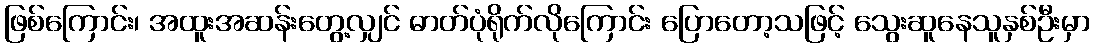
ဖြစ်ကြောင်း၊ အထူးအဆန်းတွေ့လျှင် ဓာတ်ပုံရိုက်လိုကြောင်း ပြောတော့သဖြင့် သွေးဆူနေသူနှစ်ဦးမှာ